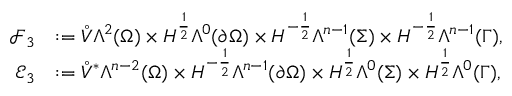
\begin{array} { r l } { \mathcal { F } _ { 3 } } & { : = \mathring { V } \Lambda ^ { 2 } ( \Omega ) \times H ^ { \frac { 1 } { 2 } } \Lambda ^ { 0 } ( \partial \Omega ) \times H ^ { - \frac { 1 } { 2 } } \Lambda ^ { n - 1 } ( \Sigma ) \times H ^ { - \frac { 1 } { 2 } } \Lambda ^ { n - 1 } ( \Gamma ) , } \\ { \mathcal { E } _ { 3 } } & { : = \mathring { V } ^ { \ast } \Lambda ^ { n - 2 } ( \Omega ) \times H ^ { - \frac { 1 } { 2 } } \Lambda ^ { n - 1 } ( \partial \Omega ) \times H ^ { \frac { 1 } { 2 } } \Lambda ^ { 0 } ( \Sigma ) \times H ^ { \frac { 1 } { 2 } } \Lambda ^ { 0 } ( \Gamma ) , } \end{array}